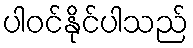
ပါဝင်နိုင်ပါသည်